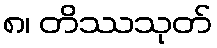
၈၊ တိဿသုတ်